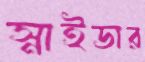
স্নাইডার